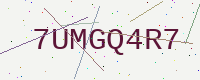
Text: 7UMGQ4R7